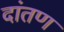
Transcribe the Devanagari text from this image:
दांतण